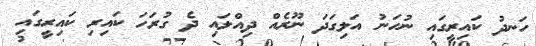
ހަނދު ކައިރީގައި ނުހަނު އަލިގަދަ ނޫރެއް ދިއްލައި ދެ ގުރަހަ ކައިރި ކައިރީގައި